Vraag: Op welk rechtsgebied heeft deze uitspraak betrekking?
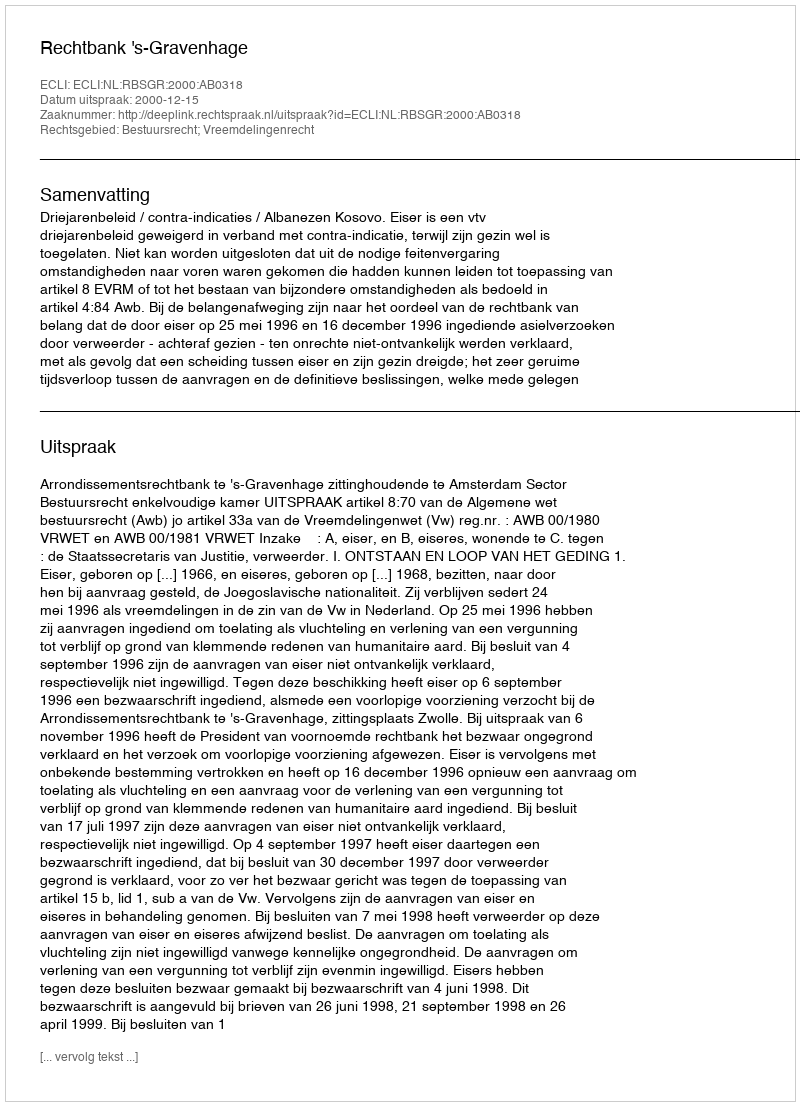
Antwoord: Bestuursrecht; Vreemdelingenrecht